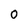
Character: 0